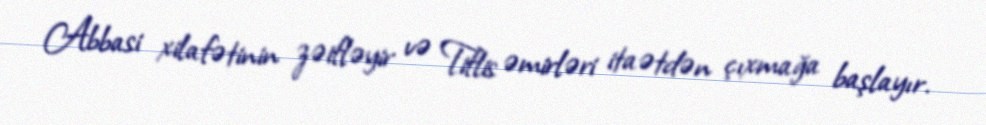
Abbasi xilafətinin zəifləyir və Tiflis əmirləri itaətdən çıxmağa başlayır.